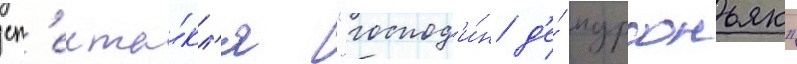
сп'екта́кл'я "господ'и́н д'е́ пурсоньяк"